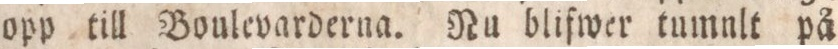
opp till Boulevarderna. Nu blifwer tumnlt på